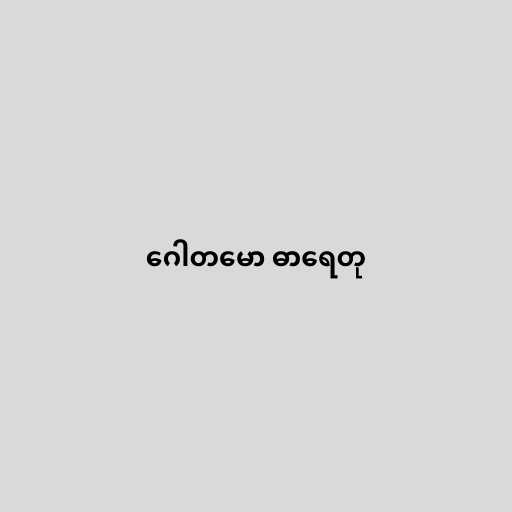
ဂေါတမော ဓာရေတု